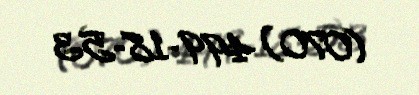
(070) 499-18-53